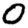
Digit: 0